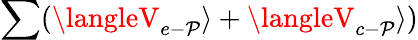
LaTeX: \sum(\langleV_{e-\mathcal{P}}\rangle+\langleV_{c-\mathcal{P}}\rangle)